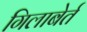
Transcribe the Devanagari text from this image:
गिलाबेर्त